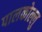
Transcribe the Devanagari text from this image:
पालकोल्लु